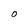
Character: 0